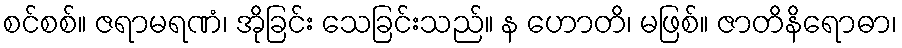
စင်စစ်။ ဇရာမရဏံ၊ အိုခြင်း သေခြင်းသည်။ န ဟောတိ၊ မဖြစ်။ ဇာတိနိရောဓာ၊